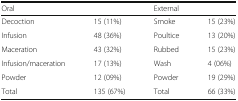
<table><thead><tr><td colspan="2"><b>Oral</b></td><td colspan="2"><b>External</b></td></tr></thead><tbody><tr><td>Decoction</td><td>15 (11%)</td><td>Smoke</td><td>15 (23%)</td></tr><tr><td>Infusion</td><td>48 (36%)</td><td>Poultice</td><td>13 (20%)</td></tr><tr><td>Maceration</td><td>43 (32%)</td><td>Rubbed</td><td>15 (23%)</td></tr><tr><td>Infusion/maceration</td><td>17 (13%)</td><td>Wash</td><td>4 (06%)</td></tr><tr><td>Powder</td><td>12 (09%)</td><td>Powder</td><td>19 (29%)</td></tr><tr><td>Total</td><td>135 (67%)</td><td>Total</td><td>66 (33%)</td></tr></tbody></table>